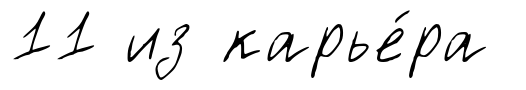
11 из карье́ра